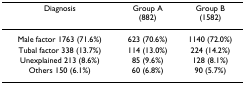
<table><thead><tr><td><b>Diagnosis</b></td><td><b>Group A(882)</b></td><td><b>Group B(1582)</b></td></tr></thead><tbody><tr><td>Male factor 1763 (71.6%)</td><td>623 (70.6%)</td><td>1140 (72.0%)</td></tr><tr><td>Tubal factor 338 (13.7%)</td><td>114 (13.0%)</td><td>224 (14.2%)</td></tr><tr><td>Unexplained 213 (8.6%)</td><td>85 (9.6%)</td><td>128 (8.1%)</td></tr><tr><td>Others 150 (6.1%)</td><td>60 (6.8%)</td><td>90 (5.7%)</td></tr></tbody></table>